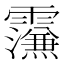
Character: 𮦼